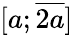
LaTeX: [a;{\overline{{2a}}}]